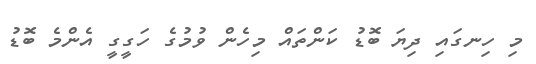
މި ހިނގައި ދިޔަ ބޮޑު ކަންތައް މިހެން ވުމުގެ ހަގީގީ އެންމެ ބޮޑު